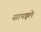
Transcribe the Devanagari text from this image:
सापड़ले